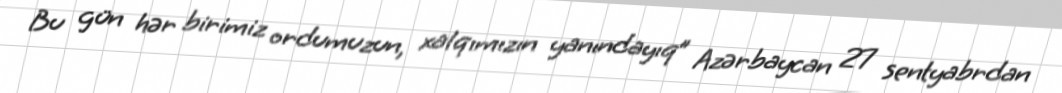
Bu gün hər birimiz ordumuzun, xalqımızın yanındayıq” Azərbaycan 27 sentyabrdan